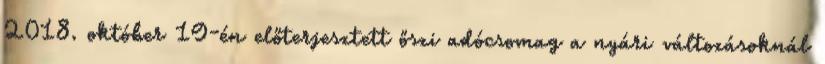
2018. október 19-én előterjesztett őszi adócsomag a nyári változásoknál